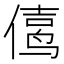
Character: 𱏅